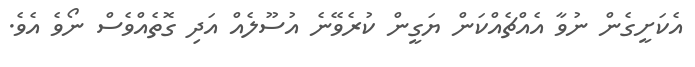
އެކަށީގެން ނުވާ އެއްޗެއްކަން ޔަގީން ކުރެވޭނެ އުސޫލެއް އަދި ގޮތެއްވެސް ނޯވެ އެވެ.